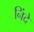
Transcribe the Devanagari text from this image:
निंदे